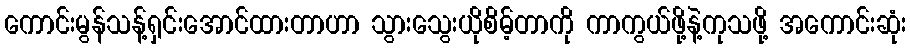
ကောင်းမွန်သန့်ရှင်းအောင်ထားတာဟာ သွားသွေးယိုစိမ့်တာကို ကာကွယ်ဖို့နဲ့ကုသဖို့ အကောင်းဆုံး